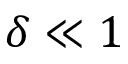
\delta \ll 1